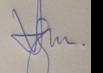
Signature authenticity: genuine